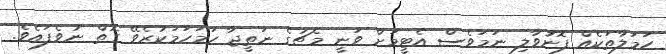
ހަމަލާތަކެއް ފޮނުވާލި ނަމަވެސް އެޓީމަށް ވަނީ މެޗުގެ ނަތީޖާ ހަމަހަމަކުރެވޭ ގޮތް ނުވެފައެވެ.